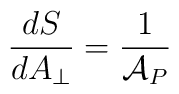
{dS\over dA_\perp} = {1\over {\cal A}_P}